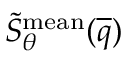
\widetilde { S } _ { \theta } ^ { \mathrm { m e a n } } ( \overline { { q } } )